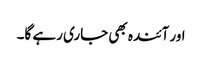
اور آئندہ بھی جاری رہے گا۔